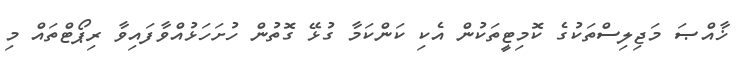
ޚާއްޞަ މަޖިލިސްތަކުގެ ކޮމިޓީތަކުން އެކި ކަންކަމާ ގުޅޭ ގޮތުން ހުށަހަޅުއްވާފައިވާ ރިޕޯޓްތައް މި